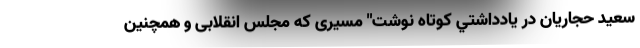
سعید حجاریان در يادداشتي كوتاه نوشت" مسیری که مجلس انقلابی و همچنین